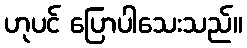
ဟုပင် ပြောပါသေးသည်။